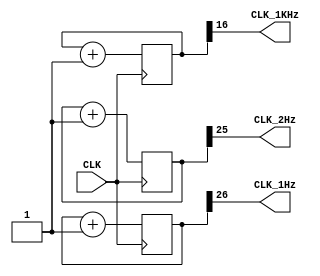
`timescale 1ns / 1ps

module frequency_divider(output CLK_1Hz, output CLK_2Hz, output CLK_1KHz, input CLK);

	/*
		1s (1Hz) 	= 100 000 000 cicles
		2^(27)		= 134 217 728 cicles
		
		0.5s (2Hz) 	=  50 000 000 cicles
		2^(26)		=  67 108 864 cicles
		
		1ms (1KHz) 	=     100 000 cicles
		2^(17)		=		131 072 cicles
	*/

	reg [26:0] count_1Hz;
	reg [25:0] count_2Hz;
	reg [16:0] count_1KHz;

	initial begin count_1Hz=0; count_2Hz=0; count_1KHz=0; end

	always @ (posedge CLK)
		begin
			count_1Hz = count_1Hz+27'b000000000000000000000000001;
			count_2Hz = count_2Hz+26'b00000000000000000000000001;
			count_1KHz = count_1KHz+17'b00000000000000001;
		end
	
	assign CLK_1Hz = count_1Hz[26];
	assign CLK_2Hz = count_2Hz[25];
	assign CLK_1KHz = count_1KHz[16];

endmodule

	/* 
		MODULE THINGS 
		GREEN LIGHT = YES;
		TESTED = NO;
	*/